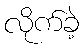
လိုက်ခဲ့